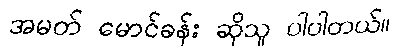
အမတ် မောင်ခန်း ဆိုသူ ပါပါတယ်။